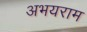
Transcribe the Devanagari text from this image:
अभयराम